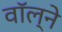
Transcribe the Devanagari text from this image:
वॉल्ने